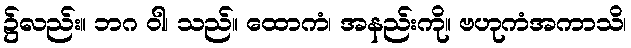
၌လည်း။ ဘဂ ဝါ၊ သည်။ ထောကံ၊ အနည်းကို။ ဗဟုကံအကာသိ၊